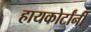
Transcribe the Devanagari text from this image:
हायकोर्टांनी